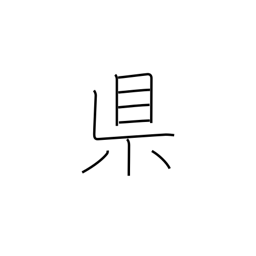
Meaning: prefecture